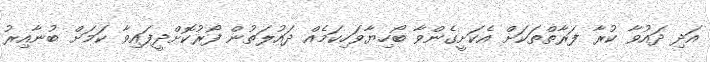
އަދި ދައުވާ ކުރާ ފަރާތްތަކަށް އެކަށީގެންވާ ބޯހިޔާވަހިކަމެއް ދައުލަތުން ފޯރުކޮށްދީފައިވާ ކަމަށް ބުނާއިރު